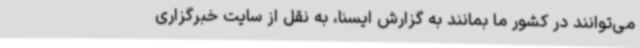
می‌توانند در کشور ما بمانند به گزارش ایسنا، به نقل از سایت خبرگزاری